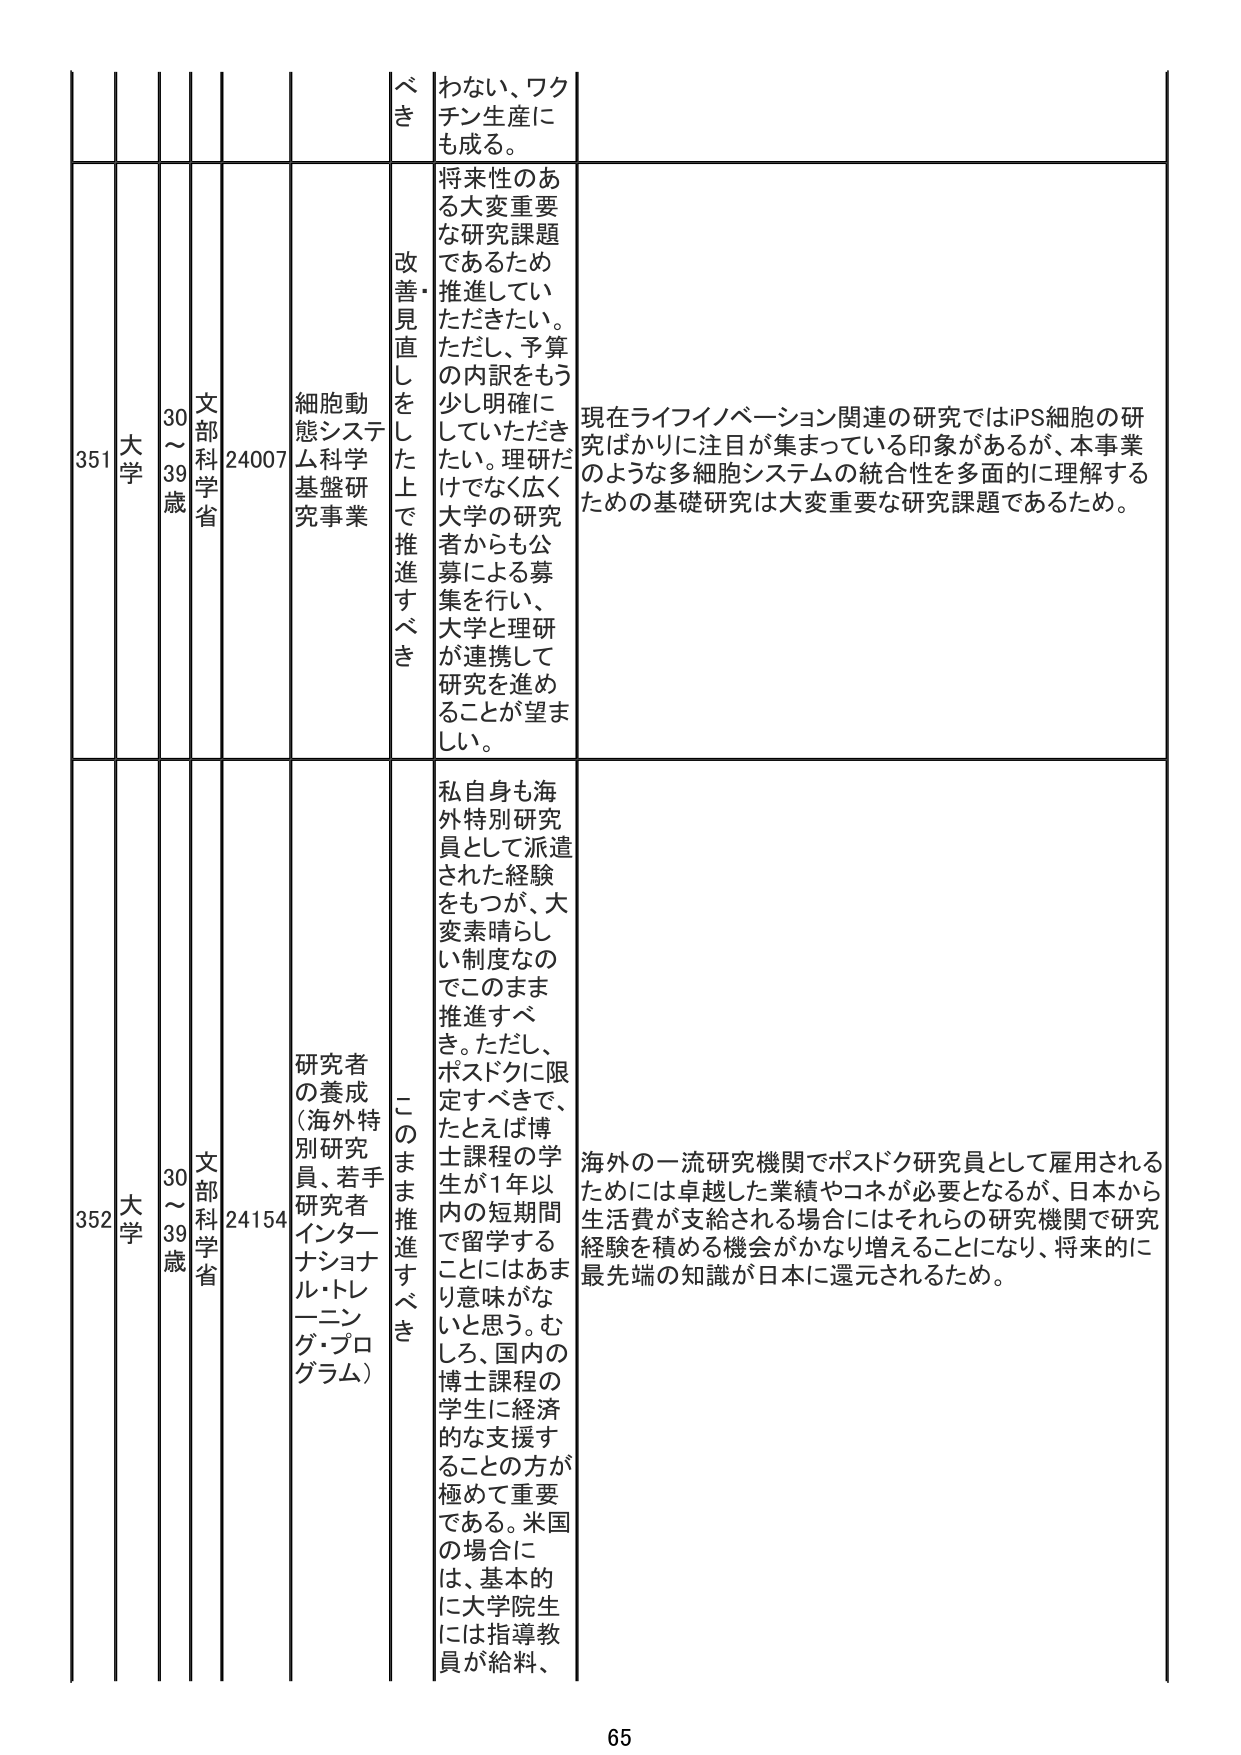
351 大学 30～39歳 文部科学省 24007 細胞動態システム科学基盤研究事業 改善・見直しをした上で推進すべき わない、ワクチン生産にも成る。 将来性のある大変重要な研究課題であるため推進していただきたい。ただし、予算の内訳をもう少し明確にしていただきたい。理研だけでなく広く大学の研究者からも公募による募集を行い、大学と理研が連携して研究を進めることが望ましい。 現在ライフイノベーション関連の研究ではiPS細胞の研究ばかりに注目が集まっている印象があるが、本事業のような多細胞システムの統合性を多面的に理解するための基礎研究は大変重要な研究課題であるため。

352 大学 30～39歳 文部科学省 24154 研究者の養成（海外特別研究員、若手研究者インターナショナル・トレーニング・プログラム） このまま推進すべき 私自身も海外特別研究員として派遣された経験をもつが、大変素晴らしい制度なのでこのまま推進すべき。ただし、ポスドクに限定すべきで、たとえば博士課程の学生が1年以内の短期間で留学することにはあまり意味がないと思う。むしろ、国内の博士課程の学生に経済的な支援することの方が極めて重要である。米国の場合には、基本的に大学院生には指導教員が給料、 海外の一流研究機関でポスドク研究員として雇用されるためには卓越した業績やコネが必要となるが、日本から生活費が支給される場合にはそれらの研究機関で研究経験を積める機会がかなり増えることになり、将来的に最先端の知識が日本に還元されるため。

65